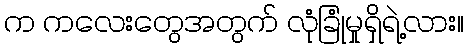
က ကလေးတွေအတွက် လုံခြုံမှုရှိရဲ့လား။